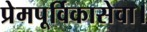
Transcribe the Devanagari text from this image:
प्रेमपूर्विकासेवा।